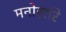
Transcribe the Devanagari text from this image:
मनोहारि